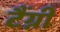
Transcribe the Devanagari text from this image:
टैंग्नी